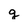
Character: g